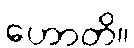
ဟောတိ။